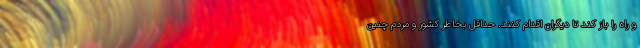
و راه را باز کند تا دیگران اقدام کنند. حداقل بخاطر کشور و مردم چنین